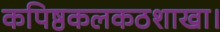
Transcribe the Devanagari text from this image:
कपिष्ठकलकठशाखा।